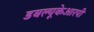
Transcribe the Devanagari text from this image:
डबल्यूकेआरपी